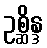
ဥစ္ဆိန္ဒ